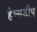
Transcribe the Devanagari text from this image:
हेम्सडीप